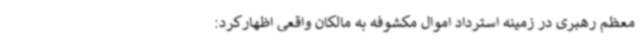
معظم رهبری در زمینه استرداد اموال مکشوفه به مالکان واقعی اظهارکرد: